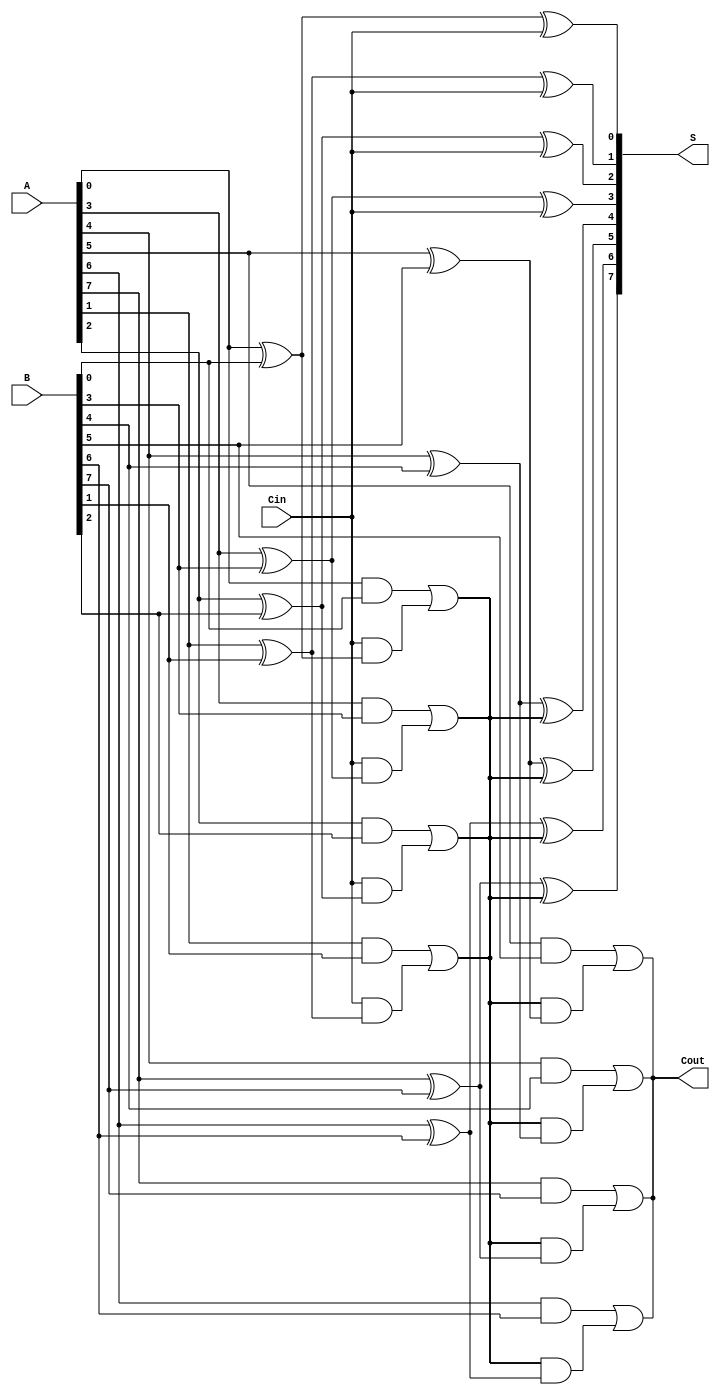
module han_carlson_adder #(
    parameter N = 8,  // Number of bits
    parameter GROUP_SIZE = 4  // Size of each group of FAs
)(
    input  [N-1:0] A,     // First n-bit input
    input  [N-1:0] B,     // Second n-bit input
    input  Cin,           // Carry-in
    output [N-1:0] S,     // Sum output
    output Cout           // Carry-out
);

    // Internal signals
    wire [N/GROUP_SIZE:0] carry; // Carry signals for each group
    wire [N-1:0] group_sum [0:N/GROUP_SIZE-1]; // Sum outputs for each group

    // Assign initial carry-in
    assign carry[0] = Cin;

    // Generate sum and carry for each group of full adders
    genvar i, j;
    generate
        for (i = 0; i < N/GROUP_SIZE; i = i + 1) begin : group
            for (j = 0; j < GROUP_SIZE; j = j + 1) begin : fa
                if (i * GROUP_SIZE + j < N) begin
                    // Full Adder Logic
                    wire A_i = A[i * GROUP_SIZE + j];
                    wire B_i = B[i * GROUP_SIZE + j];
                    wire C_in = carry[i];

                    assign group_sum[i][j] = A_i ^ B_i ^ C_in; // Sum
                    assign carry[i + 1] = (A_i & B_i) | (C_in & (A_i ^ B_i)); // Carry-out
                end
            end
        end
    endgenerate

    // Final carry-out
    assign Cout = carry[N/GROUP_SIZE];

    // Concatenate group sums to form final sum output
    generate
        for (i = 0; i < N/GROUP_SIZE; i = i + 1) begin : concat
            assign S[i * GROUP_SIZE +: GROUP_SIZE] = group_sum[i];
        end
    endgenerate

endmodule